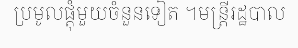
ប្រមូលផ្តុំមួយចំនួនទៀត ។មន្ត្រីរដ្ឋបាល